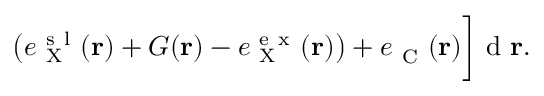
\begin{array} { r l } { \phantom { \sum } } & { { } \: \: \left( e _ { \mathrm { ~ X ~ } } ^ { \mathrm { ~ s ~ l ~ } } ( \mathbf { r } ) + G ( \mathbf { r } ) - e _ { \mathrm { ~ X ~ } } ^ { \mathrm { ~ e ~ x ~ } } ( \mathbf { r } ) \right) + e _ { \mathrm { ~ C ~ } } ^ { } ( \mathbf { r } ) \bigg ] \mathrm { ~ d ~ } \mathbf { r } . } \end{array}